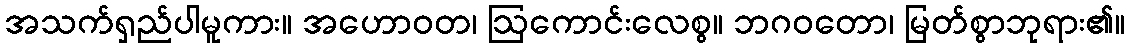
အသက်ရှည်ပါမူကား။ အဟောဝတ၊ ဩကောင်းလေစွ။ ဘဂဝတော၊ မြတ်စွာဘုရား၏။